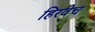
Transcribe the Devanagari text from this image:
हिरवेच